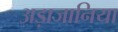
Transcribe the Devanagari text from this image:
अड़ाजानिया